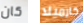
كان كارميلا